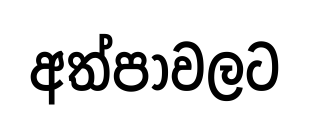
අත්පාවලට